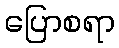
ပြောစရာ